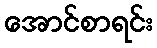
အောင်စာရင်း